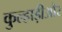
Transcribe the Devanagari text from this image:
कुल्हाड़ीऔर